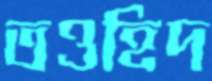
তওহিদ